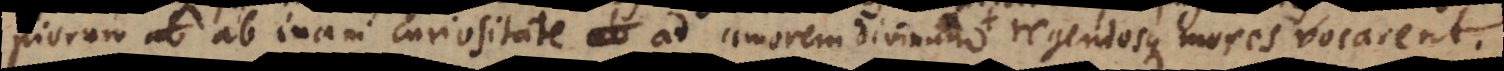
piorum ab inani curiositate ad amorem divinum, regendosque mores vocarent.